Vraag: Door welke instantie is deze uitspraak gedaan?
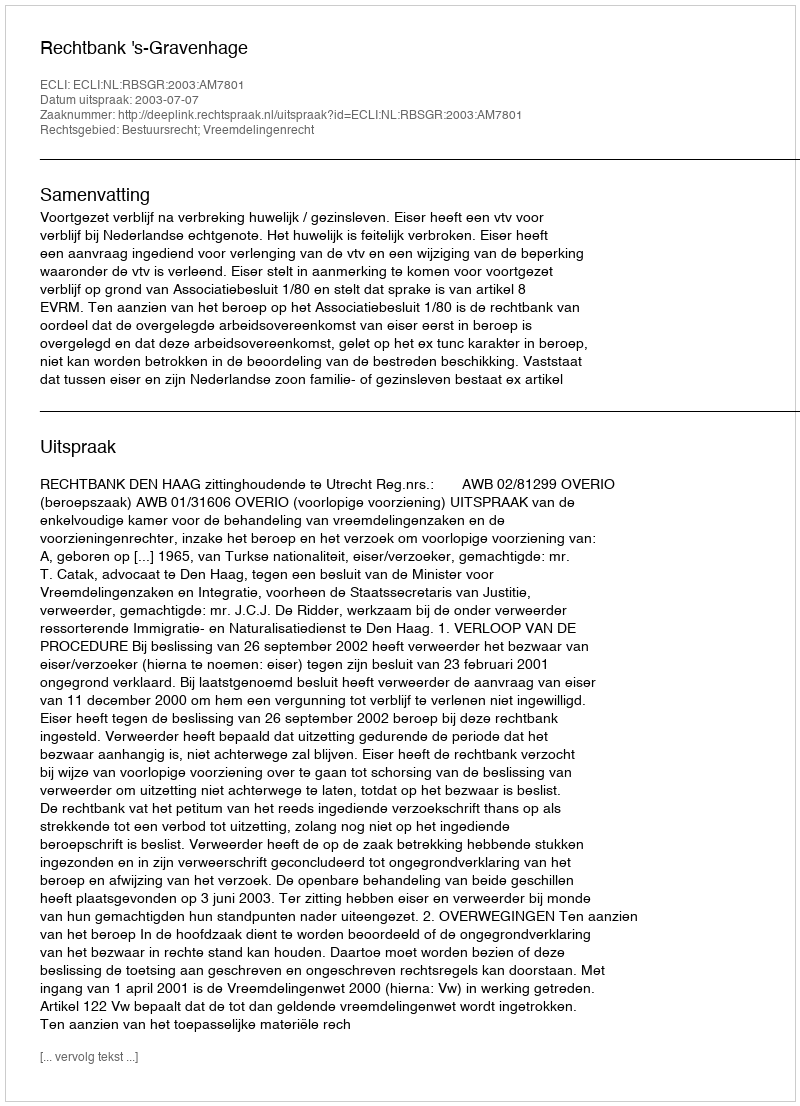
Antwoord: Rechtbank 's-Gravenhage